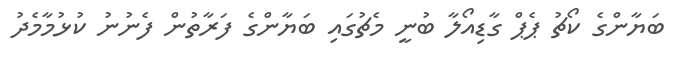
ބަޔާންގެ ކޯޗު ޕެޕް ގާޑިއޯލާ ބުނީ މެޗުގައި ބަޔާންގެ ފަރާތުން ފެނުނު ކުޅުމާމެދު